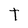
Character: t